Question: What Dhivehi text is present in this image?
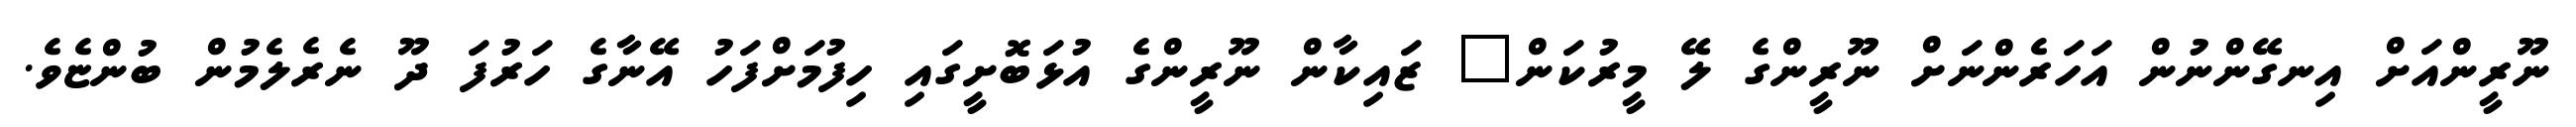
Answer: ނޫރީންއަށް އިނގޭންނުން އަހަރެންނަށް ނޫރީންގެ ލޭ މީރުކަން? ޒައިކާން ނޫރީންގެ އުޅަބޮށީގައި ހިފުމަށްފަހު އޭނާގެ ހަރުފަ ދޫ ނެރެލެމުން ބުންޏެވެ.